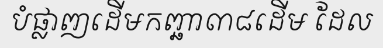
បំផ្លាញដើមកញ្ឆា៣៨ដើម ដែល